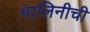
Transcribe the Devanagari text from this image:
मालिनीची